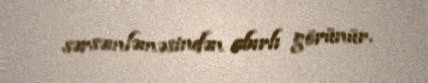
sərsəmləməsindən abırlı görünür.